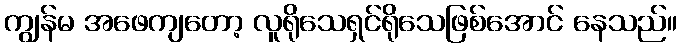
ကျွန်မ အဖေကျတော့ လူရိုသေရှင်ရိုသေဖြစ်အောင် နေသည်။